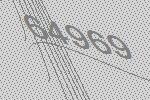
64969